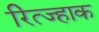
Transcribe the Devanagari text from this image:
रित्ज्हाक